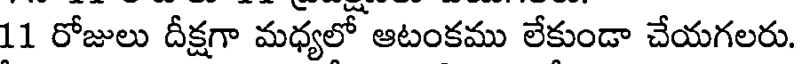
11 రోజులు దీక్షగా మధ్యలో ఆటంకము లేకుండా చేయగలరు.